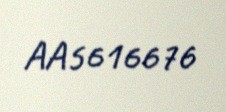
AA5616676